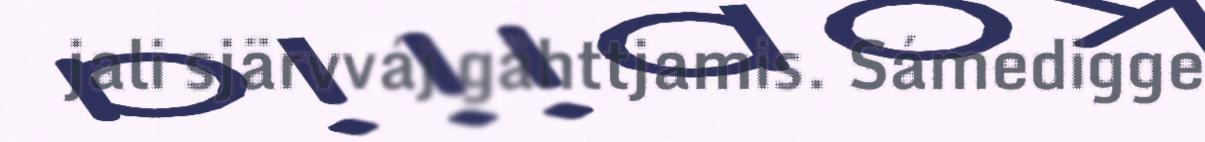
jali sjärvváj gähttjamis. Sámedigge